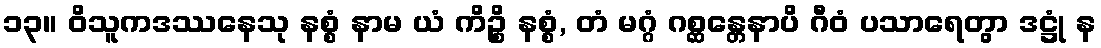
၁၃။ ဝိသူကဒဿနေသု နစ္စံ နာမ ယံ ကိဉ္စိ နစ္စံ, တံ မဂ္ဂံ ဂစ္ဆန္တေနာပိ ဂီဝံ ပသာရေတွာ ဒဋ္ဌုံ န